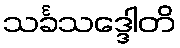
သင်္ခသဒ္ဒေါတိ